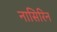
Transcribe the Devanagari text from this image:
नासिरिन